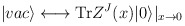
\begin{align*}|vac\rangle \longleftrightarrow {\rm Tr} Z^J(x)|0\rangle|_{x\to 0}\end{align*}